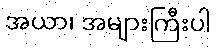
အယာ၊ အများကြီးပါ